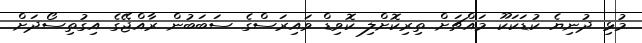
މުޅި ދުނިޔެ ކުޑަކަކޫ މައްޗަށް ތިރިކޮށްލި ކޮވިޑް ވައިރަސްގެ ސަބަބުން ރާއްޖޭގެ އިގުތިސޯދަށް